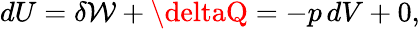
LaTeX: dU=\delta\mathcal{W}+\deltaQ=-p\, dV+0,